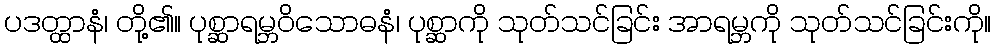
ပဒတ္ထာနံ၊ တို့၏။ ပုစ္ဆာရမ္ဘဝိသောဓနံ၊ ပုစ္ဆာကို သုတ်သင်ခြင်း အာရမ္ဘကို သုတ်သင်ခြင်းကို။